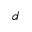
d